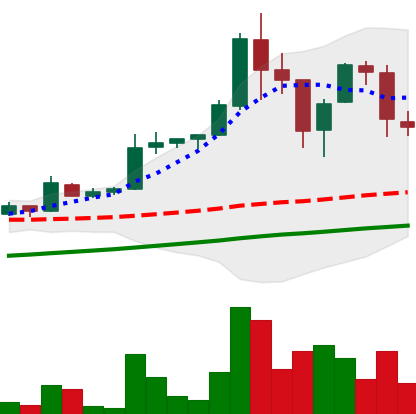
Ticker: LTC-USD
Chart end date: 2017-09-09
Forward return: -37.001%
Label: down_7plus